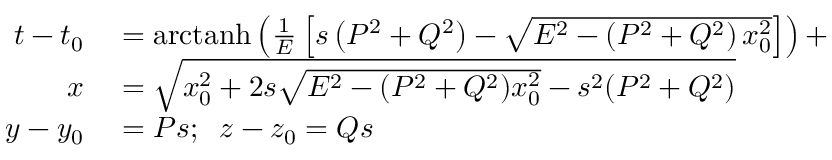
\begin{array} { r l } { t - t _ { 0 } } & { { } = \operatorname { a r c t a n h } \left( { \frac { 1 } { E } } \left[ s \left( P ^ { 2 } + Q ^ { 2 } \right) - { \sqrt { E ^ { 2 } - \left( P ^ { 2 } + Q ^ { 2 } \right) x _ { 0 } ^ { 2 } } } \right] \right) + } \\ { x } & { { } = { \sqrt { x _ { 0 } ^ { 2 } + 2 s { \sqrt { E ^ { 2 } - ( P ^ { 2 } + Q ^ { 2 } ) x _ { 0 } ^ { 2 } } } - s ^ { 2 } ( P ^ { 2 } + Q ^ { 2 } ) } } } \\ { y - y _ { 0 } } & { { } = P s ; \; \; z - z _ { 0 } = Q s } \end{array}